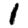
Digit: 1